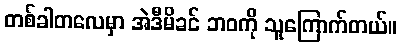
တစ်ခါတလေမှာ အဲဒီမိခင် ဘဝကို သူကြောက်တယ်။